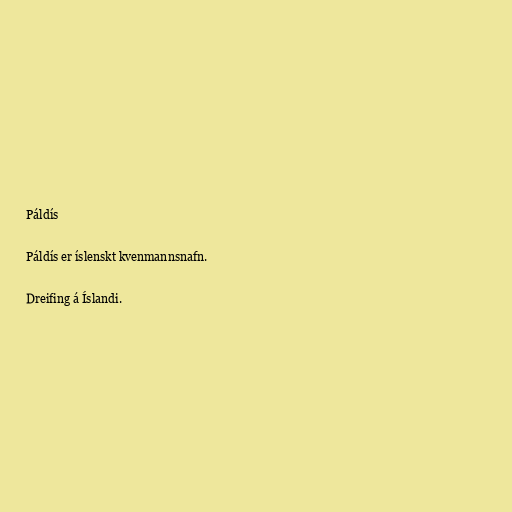
Páldís

Páldís er íslenskt kvenmannsnafn.

Dreifing á Íslandi.